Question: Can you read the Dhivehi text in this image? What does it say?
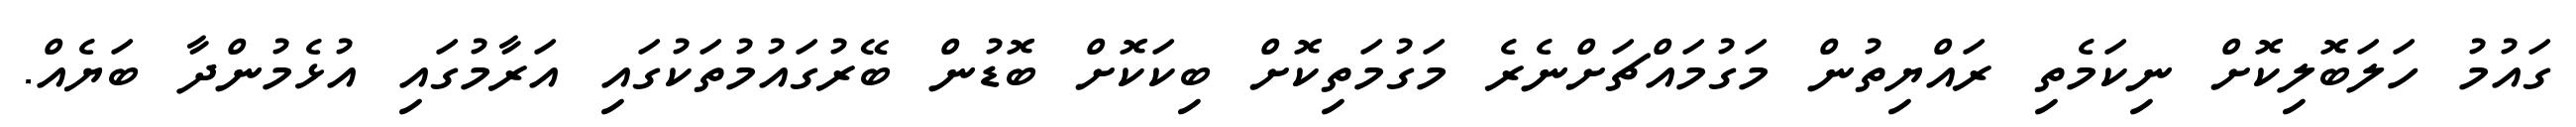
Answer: ގައުމު ހަލަބޮލިކޮށް ނިކަމެތި ރައްޔިތުން މަގުމައްޗަށްނެރެ މަގުމަތިކޮށް ބިކަކޮށް ބޮޑުން ބޭރުގައުމުތަކުގައި އަރާމުގައި އުޅެމުންދާ ބަޔެއް.